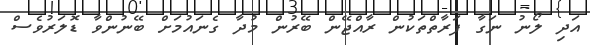
އަދި ލޯނު ނަގާ ފަރާތްތަކުން ރާއްޖޭން ބޭރުން މުދާ ގެނައުމަށް ބޭނުންވާ ޑޮލަރުވެސް